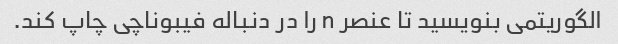
الگوریتمی بنویسید تا عنصر n را در دنباله فیبوناچی چاپ کند.